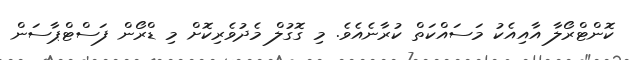
ކޮންޓްރޯލާ އާއިއެކު މަސައްކަތް ކުރާނެއެވެ. މި ގޮގުލް މެދުވެރިކޮށް މި ޑްރޯން ފަސްޓްޕާސަން